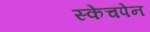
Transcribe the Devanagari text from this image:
स्केचपेन